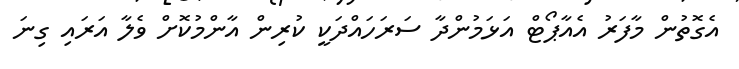
އެގޮތުން މާފަރު އެއާޕޯޓް އަޅަމުންދާ ސަރަހައްދަކީ ކުރިން އާންމުކޮށް ވެލާ އަރައި ގިނަ